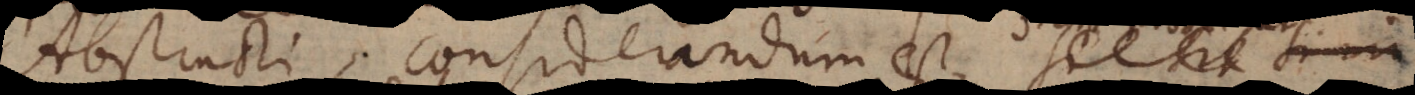
racti, considerandum est, si